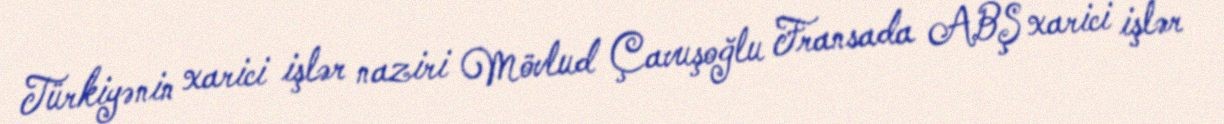
Türkiyənin xarici işlər naziri Mövlud Çavuşoğlu Fransada ABŞ xarici işlər